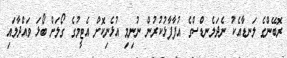
ރޮބޭންގެ ލަނޑާއެކު ނެދަލެނޑްސްގެ އުފާފާޅުކުރުން ނުނިމި އުޅެނިކޮށް އެޓީމުގެ ގޯލަށް ބޯޅަ ވައްދާލައި